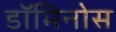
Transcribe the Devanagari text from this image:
डॉमिनोस